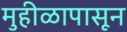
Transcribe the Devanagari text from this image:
मुहीळापासून